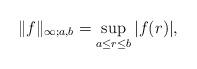
LaTeX: \begin{align*}\|f\|_{\infty;a,b }=\sup_{a\leq r\leq b}|f(r)|,\end{align*}